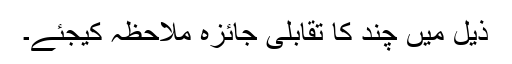
ذیل میں چند کا تقابلی جائزہ ملاحظہ کیجئے۔